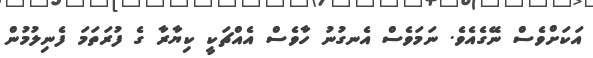
އަކަށްވެސް ނޭގެއެވެ. ނަމަވެސް އެނގުނު ހާވެސް އެއްޗަކީ ކިޔާރާ ގެ ފުރަތަމަ ފެނިލުމުން